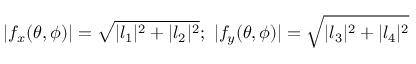
| f _ { x } ( \theta , \phi ) | = \sqrt { | l _ { 1 } | ^ { 2 } + | l _ { 2 } | ^ { 2 } } ; \ | f _ { y } ( \theta , \phi ) | = \sqrt { | l _ { 3 } | ^ { 2 } + | l _ { 4 } | ^ { 2 } }